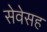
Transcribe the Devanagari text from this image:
सेवेसह